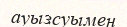
ауызсуымен